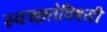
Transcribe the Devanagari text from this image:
स्वच्छतेविषयी